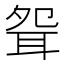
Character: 𦕕